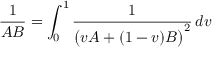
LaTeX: { \frac { 1 } { A B } } = \int _ { 0 } ^ { 1 } { \frac { 1 } { { \big ( } v A + ( 1 - v ) B { \big ) } ^ { 2 } } } \, d v